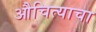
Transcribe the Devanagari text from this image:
औचित्याचा